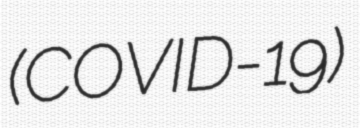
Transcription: (COVID-19)